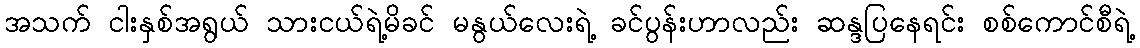
အသက် ငါးနှစ်အရွယ် သားငယ်ရဲ့မိခင် မနွယ်လေးရဲ့ ခင်ပွန်းဟာလည်း ဆန္ဒပြနေရင်း စစ်ကောင်စီရဲ့